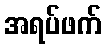
အရပ်ဖက်